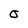
Character: 0